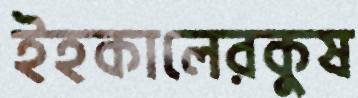
ইহকালেরকুষ